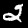
Digit: 2